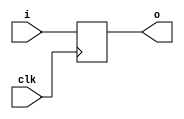
// Copyright 2020-2022 F4PGA Authors
//
// Licensed under the Apache License, Version 2.0 (the "License");
// you may not use this file except in compliance with the License.
// You may obtain a copy of the License at
//
//     http://www.apache.org/licenses/LICENSE-2.0
//
// Unless required by applicable law or agreed to in writing, software
// distributed under the License is distributed on an "AS IS" BASIS,
// WITHOUT WARRANTIES OR CONDITIONS OF ANY KIND, either express or implied.
// See the License for the specific language governing permissions and
// limitations under the License.
//
// SPDX-License-Identifier: Apache-2.0

module top (
    input  clk,
    input  i,
    output o
);

  reg [0:0] outff = 0;

  assign o = outff;

  always @(posedge clk) begin
    outff <= i;
  end

endmodule